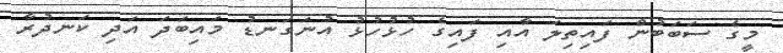
މީގެ ސަބަބުން ފައިތިލަ އާއި ފައިގެ ހުޅުހުޅު އުނަގަނޑު މައިބަދަ އަދި ކަނދުރާ